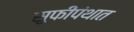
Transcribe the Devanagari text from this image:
सुफीपंथात